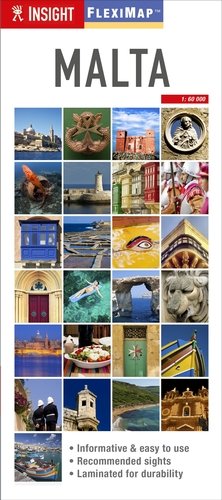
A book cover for Insight Flexi Map: Malta (Insight Flexi Maps); Travel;